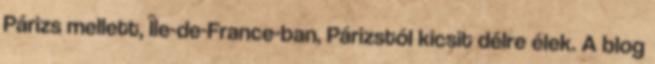
Párizs mellett, Île-de-France-ban, Párizstól kicsit délre élek. A blog